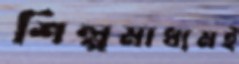
শিল্পমাধ্যমই